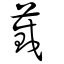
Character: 蕆